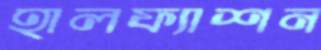
হালফ্যাশন